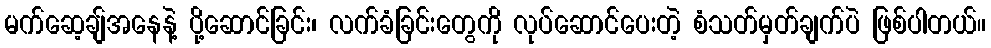
မက်ဆေ့ချ်အနေနဲ့ ပို့ဆောင်ခြင်း၊ လက်ခံခြင်းတွေကို လုပ်ဆောင်ပေးတဲ့ စံသတ်မှတ်ချက်ပဲ ဖြစ်ပါတယ်။